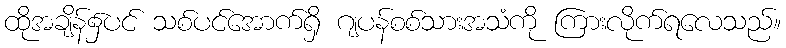
ထိုအချိန်၌ပင် သစ်ပင်အောက်ရှိ ဂျပန်စစ်သားအသံကို ကြားလိုက်ရလေသည်။